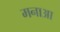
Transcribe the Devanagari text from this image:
मनाआ